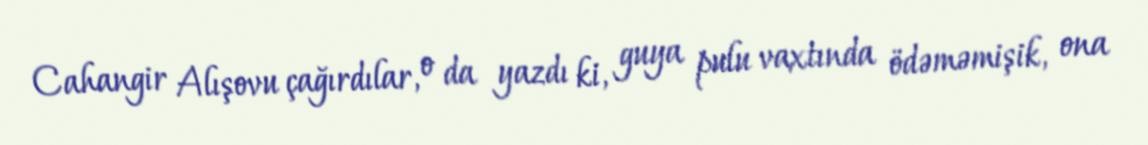
Cahangir Alışovu çağırdılar, o da yazdı ki, guya pulu vaxtında ödəməmişik, ona